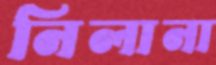
নিলানা